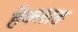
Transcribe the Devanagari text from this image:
हेक्लाङ